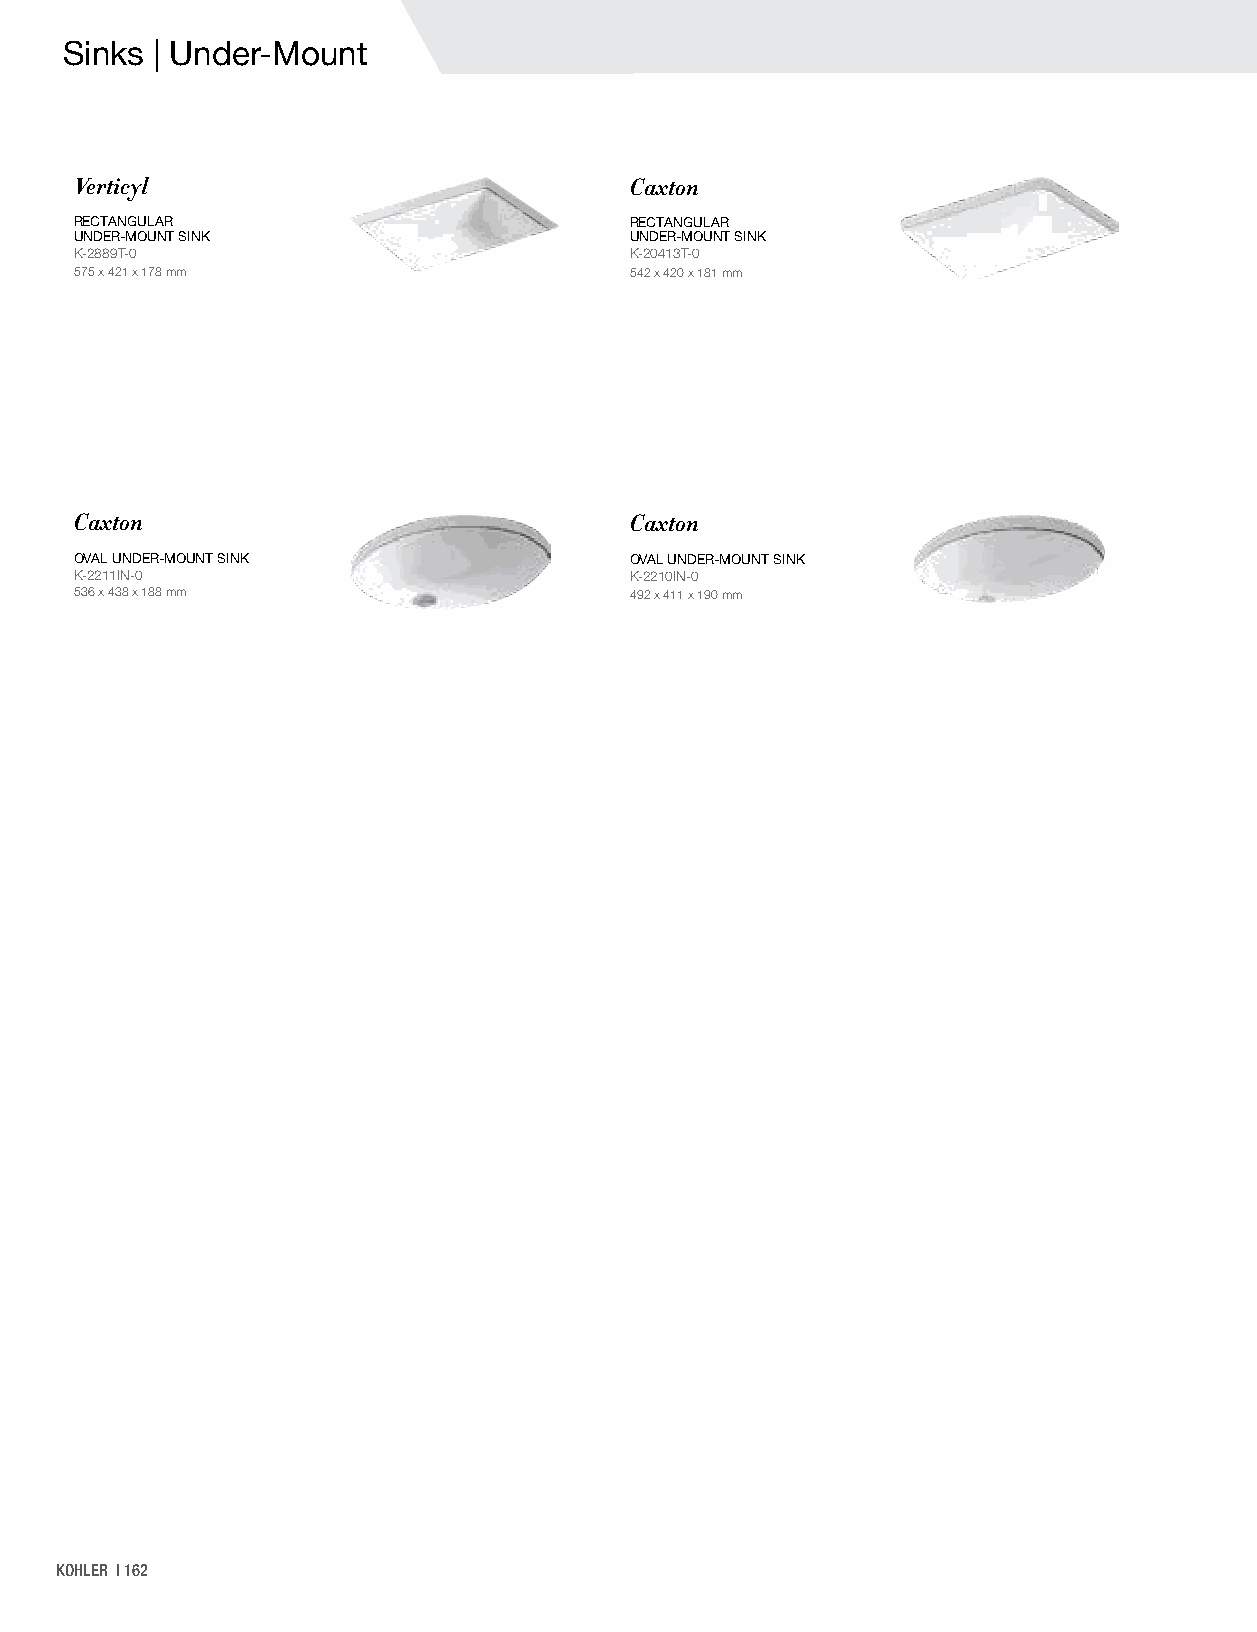
Sinks | Under-Mount
 Verticyl                             Caxton
 RECTANGULAR                          RECTANGULAR
 UNDER-MOUNT SINK                     UNDER-MOUNT SINK
 K-2889T-0                            K-20413T-0
 575 x 421 x 178 mm                   542 x 420 x 181 mm
 Caxton                               Caxton
 OVAL UNDER-MOUNT SINK                OVAL UNDER-MOUNT SINK
 K-2211IN-0                           K-2210IN-0
 536 x 438 x 188 mm                   492 x 411 x 190 mm
 KOHLER | 162